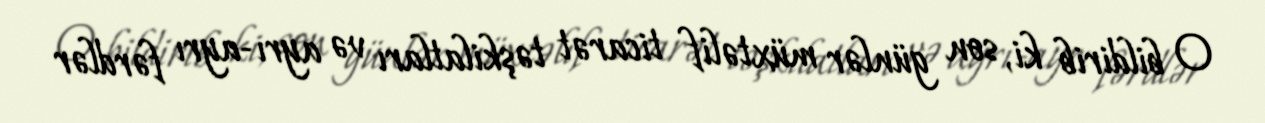
O bildirib ki, son günlər müxtəlif ticarət təşkilatları və ayrı-ayrı fərdlər